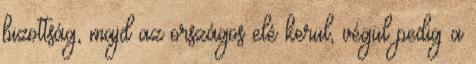
bizottság, majd az országos elé kerül, végül pedig a